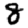
Digit: 8